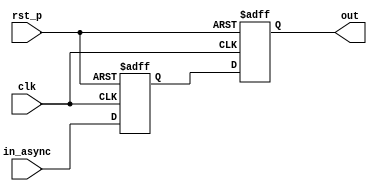
module ff_sync #(parameter WIDTH=1)(
    input clk,
    input rst_p,
    input[WIDTH-1:0] in_async,
    output reg[WIDTH-1:0] out);
    
    (* ASYNC_REG = "TRUE" *) reg[WIDTH-1:0] sync_reg;
    always @(posedge clk, posedge rst_p) begin
        if(rst_p) begin
            sync_reg <= 0;
            out <= 0;
        end else begin
            {out, sync_reg} <= {sync_reg, in_async};
        end
    end
    
endmodule